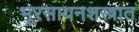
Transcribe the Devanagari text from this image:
भूरसायनशस्त्रात